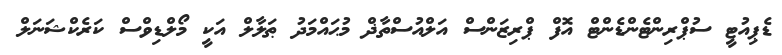
ޑެޕިއުޓީ ސުޕްރިންޓެންޑެންޓް އޮފް ޕްރިޒަންސް އަލްއުސްތާޛް މުޙައްމަދު ޠަލާލް އަކީ މޯލްޑިވްސް ކަރެކްޝަނަލް